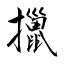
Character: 擸